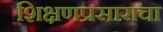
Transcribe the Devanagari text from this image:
शिक्षणप्रसाराचा